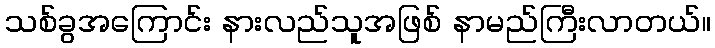
သစ်ခွအကြောင်း နားလည်သူအဖြစ် နာမည်ကြီးလာတယ်။